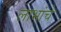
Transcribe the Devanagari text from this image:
लाभांचे